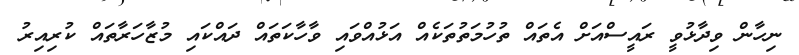
ނިހާން ވިދާޅުވީ ރައީސްއަށް އެތައް ތުހުމަތުތަކެއް އަޅުއްވައި ވާހާކަތައް ދައްކައި މުޒާހަރާތައް ކުރިއިރު